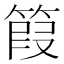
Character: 䈔